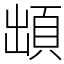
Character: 䪼